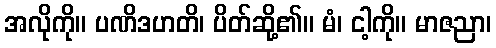
အလိုကို။ ပဏိဒဟတိ၊ ပိတ်ဆို့၏။ မံ၊ ငါ့ကို။ မာဇညာ၊